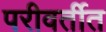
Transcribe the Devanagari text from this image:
परीवर्तीत